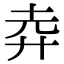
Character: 𢌻